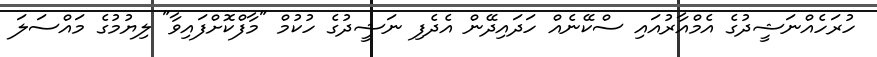
ހުރަހެއްނަޝީދުގެ އެމްއާރުއައި ސްކޭނެއް ހަދައިދޭން އެދެފި ނަޝީދުގެ ހުކުމް "މާފްކޮށްފައިވާ" ލިޔުމުގެ މައްސަލަ